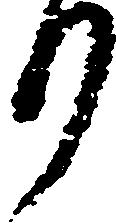
り